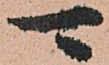
可